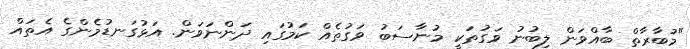
"މުބާރާތް ބާއްވަން ލިބުނު ވަގުތަކީ މުނާސަބު ވަގުތެއް ކަމުގައި ދަންނަވަން. އަޅުގަނޑުމެންގެ އެތައް